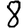
Digit: 8